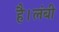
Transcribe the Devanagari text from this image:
है।लंबी